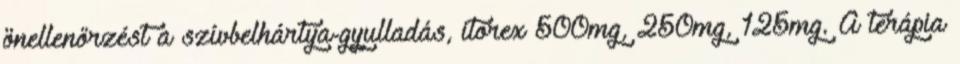
önellenőrzést a szívbelhártya-gyulladás, itorex 500mg, 250mg, 125mg. A terápia